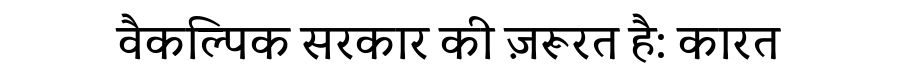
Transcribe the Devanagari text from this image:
वैकल्पिक सरकार की ज़रूरत है: कारत